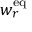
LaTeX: w _ { r } ^ { \mathrm { { e q } } }